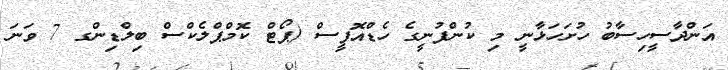
އަންދާސީހިސާބު ހުށަހަޅާނީ މި ކުންފުނީގެ ހެޑްއޮފީސް (ޕޯޓް ކޮމްޕްލެކްސް ބިލްޑިންގ 7 ވަނަ